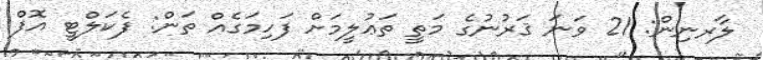
ލާރނިން: 21 ވަނަ ޤަރުނުގެ މަތީ ތަޢުލީމަށް ފަހިމަގެއް ތަން: ފެކަލްޓީ އޮފް